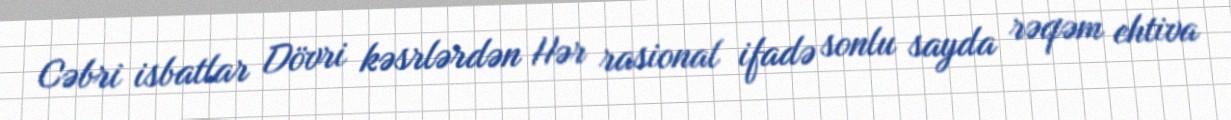
Cəbri isbatlar Dövri kəsrlərdən Hər rasional ifadə sonlu sayda rəqəm ehtiva